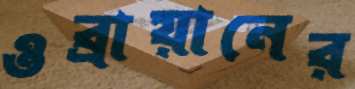
ওব্রায়ানের